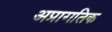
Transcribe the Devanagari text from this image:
अप्रागतिक